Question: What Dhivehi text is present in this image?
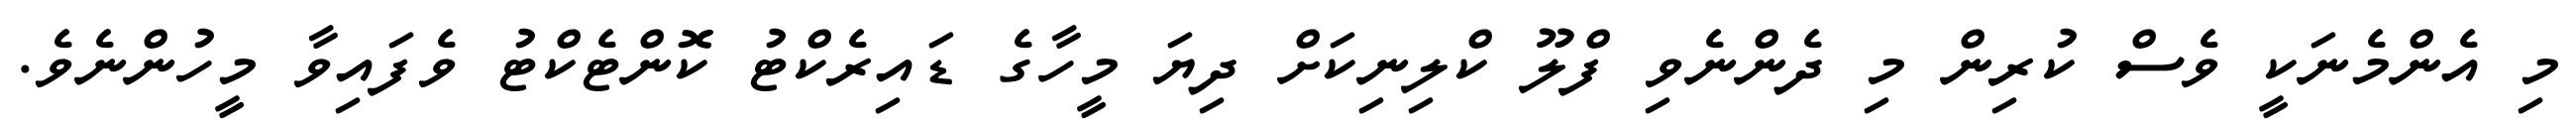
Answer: މި އެންމެނަކީ ވެސް ކުރިން މި ދެންނެވި ފްލޫ ކްލިނިކަށް ދިޔަ މީހާގެ ޑައިރެކްޓު ކޮންޓެކްޓު ވެފައިވާ މީހުންނެވެ.